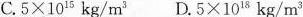
$$C.5×10^15kg/m^3$$ $$D.5×10^18kg/m^3$$